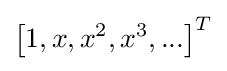
\left[1,x,x^{2},x^{3},...\right]^{T}